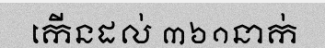
កើនដល់ ៣៦១នាក់